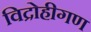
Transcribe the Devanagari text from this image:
विद्रोहीगण